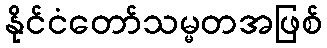
နိုင်ငံတော်သမ္မတအဖြစ်